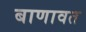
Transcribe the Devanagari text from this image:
बाणावत